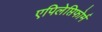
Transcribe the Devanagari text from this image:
एपिलेप्तिफोर्म